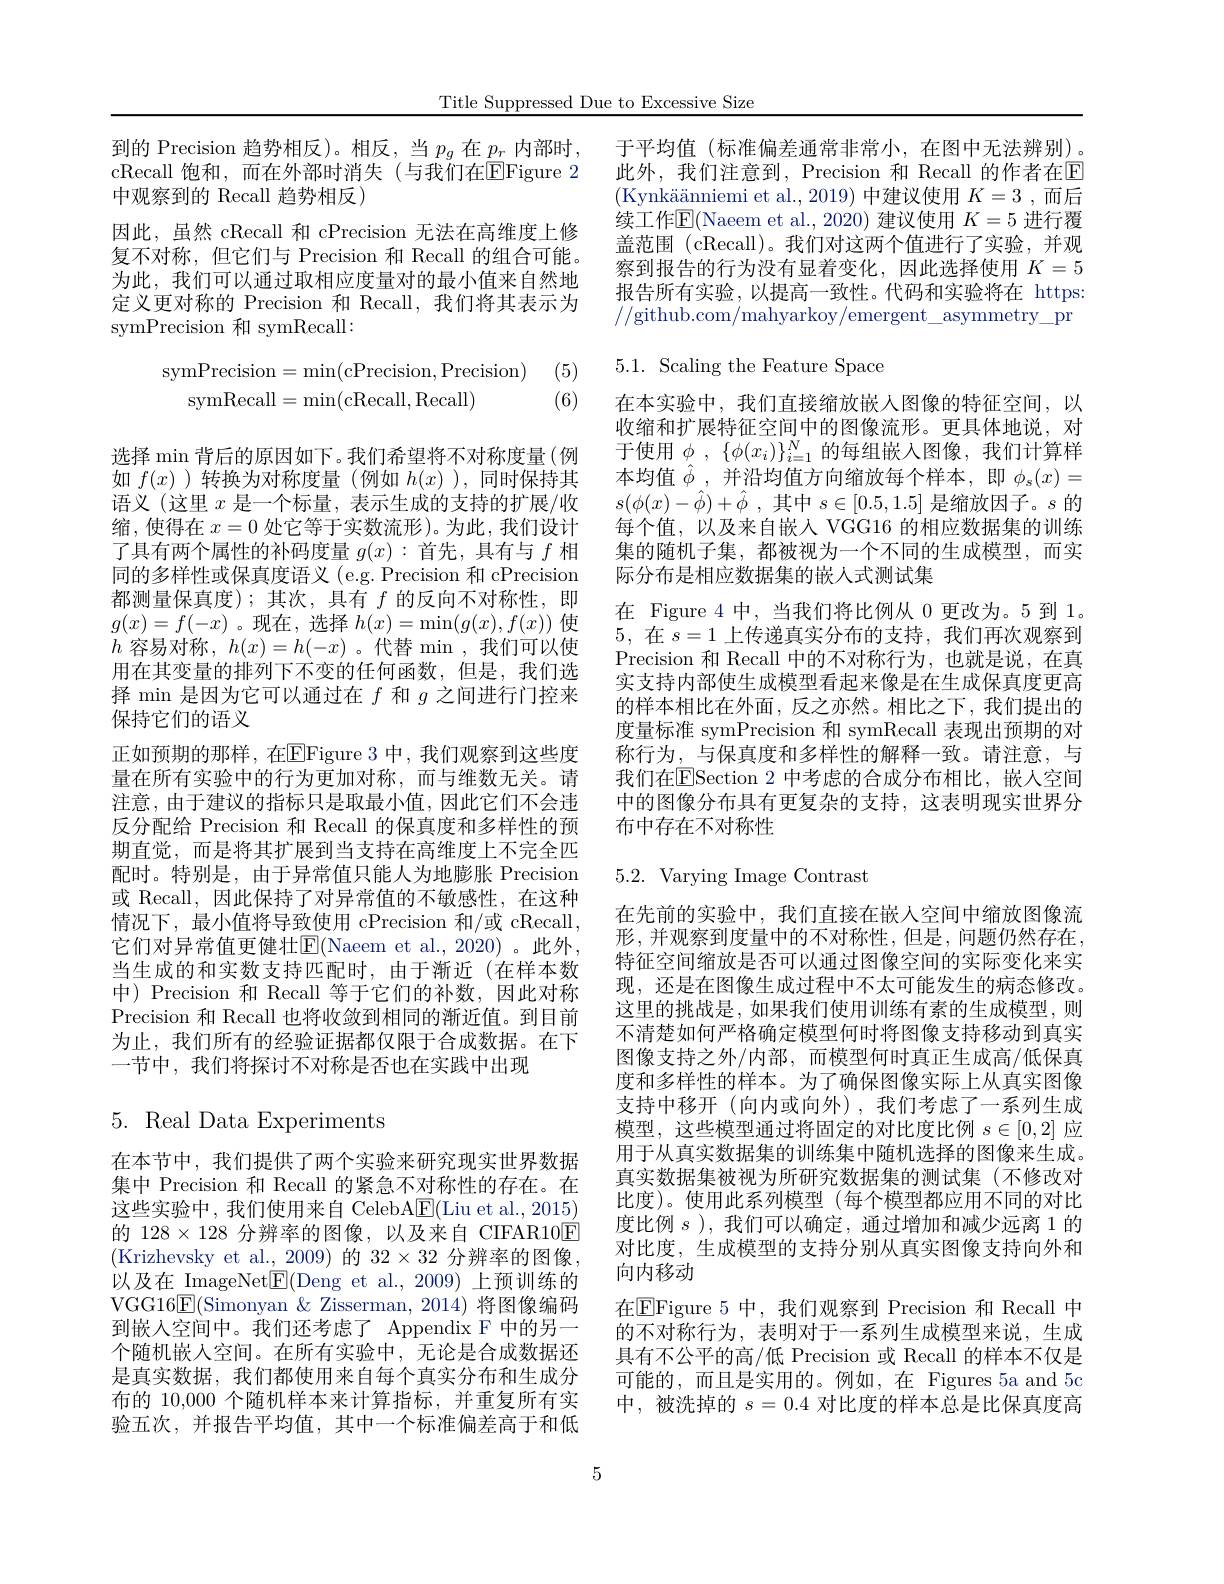
Title Suppressed Due to Excessive Size

到的 Precision 趋势相反)。相反，当$p_g$在$p_r$内部时， cRecall 饱和，而在外部时消失(与我们在EFigure 2中观察到的 Recall 趋势相反)
因此，虽然 cRecall 和 cPrecision 无法在高维度上修复不对称，但它们与 Precision 和 Recall 的组合可能。为此，我们可以通过取相应度量对的最小值来自然地定义更对称的 Precision 和 Recall, 我们将其表示为symPrecision 和 symRecall:

(5)
$$\begin{aligned}\mathrm{symPrecision}&=\min(\mathrm{cPrecision},\mathrm{Precision})\\\mathrm{symRecall}&=\min(\mathrm{cRecall},\mathrm{Recall})\end{aligned}$$
(6)

选择 min 背后的原因如下。我们希望将不对称度量(例如$f(x)$ )转换为对称度量 (例如$h(x)$ ),同时保持其语义 (这里$x$是一个标量，表示生成的支持的扩展/收缩，使得在$x=0$处它等于实数流形)。为此，我们设计了具有两个属性的补码度量$g(x):$首先，具有与$f$相同的多样性或保真度语义 (e.g. Precision 和 cPrecision 都测量保真度);其次，具有$f$的反向不对称性，即$g(x)=f(-x)$ 。现在，选择$h(x)=\min(g(x),f(x))$使$h$容易对称，$h(x)=h(-x)$ 。代替 min ,我们可以使用在其变量的排列下不变的任何函数，但是，我们选择 min 是因为它可以通过在$f$和$g$之间进行门控来保持它们的语义
正如预期的那样，在$\overline{\mathrm{E}}$Figure 3 中，我们观察到这些度量在所有实验中的行为更加对称，而与维数无关。请注意，由于建议的指标只是取最小值，因此它们不会违反分配给 Precision 和 Recall 的保真度和多样性的预期直觉，而是将其扩展到当支持在高维度上不完全匹配时。特别是，由于异常值只能人为地膨胀 Precision 或 Recall,因此保持了对异常值的不敏感性，在这种情况下，最小值将导致使用 cPrecision 和/或 cRecall, 它们对异常值更健壮E(Naeem et al.,2020)。此外， 当生成的和实数支持匹配时，由于渐近(在样本数中) Precision 和 Recall 等于它们的补数，因此对称Precision 和 Recall 也将收敛到相同的渐近值。到目前为止，我们所有的经验证据都仅限于合成数据。在下一节中，我们将探讨不对称是否也在实践中出现

# 5. Real Data Experiments

在本节中，我们提供了两个实验来研究现实世界数据集中 Precision 和 Recall 的紧急不对称性的存在。在这些实验中，我们使用来自 CelebA$\underline{\mathrm{E}}($Liu et al., 2015) 的$128\times128$分辨率的图像，以及来自 CIFAR10$\overline{\mathrm{E}}$ (Krizhevsky et al.,2009)的 32×32 分辨率的图像以及在 ImageNet$\underline{\mathrm{E}}($Deng et al.,2009)上预训练的VGG16$\underline{\mathrm{E}}($Simonyan $\&$ Zisserman, 2014) 将图像编码到嵌入空间中。我们还考虑了 Appendix F 中的另一个随机嵌入空间。在所有实验中，无论是合成数据还是真实数据，我们都使用来自每个真实分布和生成分布的 10,000 个随机样本来计算指标，并重复所有实验五次，并报告平均值，其中一个标准偏差高于和低

于平均值(标准偏差通常非常小，在图中无法辨别)。此外，我们注意到，Precision 和 Recall 的作者在$\overline{\mathrm{E}}$ $( \text{Kynk\" {a}\" {a}\" {a}nniemietal. , 2019) 中 建 议 使 用 }K= 3$ ,而后续工作$\overline{\mathrm{E}}($Naeem et al.,2020) 建议使用 $K=5$ 进行覆盖范围$(\operatorname{cRecall})$。我们对这两个值进行了实验，并观察到报告的行为没有显着变化，因此选择使用$K=5$ 报告所有实验，以提高一致性。代码和实验将在 https: //github.com/mahyarkoy/emergent\_asymmetry\_pr

# 5.1. Scaling the Feature Space

在本实验中，我们直接缩放嵌人图像的特征空间，以收缩和扩展特征空间中的图像流形。更具体地说，对于使用$\phi$ , $\{ \phi ( x_i) \} _{i= 1}^N$的每组嵌入图像，我们计算样本均值$\hat{\phi}$,并沿均值方向缩放每个样本，即$\phi_s(x)=$ $s( \phi ( x) - \hat{\phi } ) + \hat{\phi }$ ,其中$s\in[0.5,1.5]$是缩放因子。$s$的每个值，以及来自嵌入 VGG16 的相应数据集的训练集的随机子集，都被视为一个不同的生成模型，而实际分布是相应数据集的嵌人式测试集
在 Figure 4 中，当我们将比例从 0 更改为。5 到 1。5,在$s=1$上传递真实分布的支持，我们再次观察到Precision 和 Recall 中的不对称行为，也就是说，在真实支持内部使生成模型看起来像是在生成保真度更高的样本相比在外面，反之亦然。相比之下，我们提出的度量标准 symPrecision 和 symRecall 表现出预期的对称行为，与保真度和多样性的解释一致。请注意，与我们在$\overline{\mathrm{E}}$Section 2 中考虑的合成分布相比，嵌人空间中的图像分布具有更复杂的支持，这表明现实世界分布中存在不对称性

## 5.2.Varying Image Contrast

在先前的实验中，我们直接在嵌人空间中缩放图像流形，并观察到度量中的不对称性，但是，问题仍然存在， 特征空间缩放是否可以通过图像空间的实际变化来实现，还是在图像生成过程中不太可能发生的病态修改。这里的挑战是，如果我们使用训练有素的生成模型，则不清楚如何严格确定模型何时将图像支持移动到真实图像支持之外/内部，而模型何时真正生成高/低保真度和多样性的样本。为了确保图像实际上从真实图像支持中移开(向内或向外),我们考虑了一系列生成模型，这些模型通过将固定的对比度比例$s\in[0,2]$应用于从真实数据集的训练集中随机选择的图像来生成。真实数据集被视为所研究数据集的测试集(不修改对比度)。使用此系列模型(每个模型都应用不同的对比度比例$s$ ),我们可以确定，通过增加和减少远离 1 的对比度，生成模型的支持分别从真实图像支持向外和向内移动
在$\boxed{\mathrm{F}}$Figure 5 中，我们观察到 Precision 和 Recall 中的不对称行为，表明对于一系列生成模型来说，生成具有不公平的高/低 Precision 或 Recall 的样本不仅是可能的，而且是实用的。例如，在 Figures 5a and 5c 中，被洗掉的$s=0.4$ 对比度的样本总是比保真度高

5